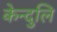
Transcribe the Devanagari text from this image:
केन्दुलि